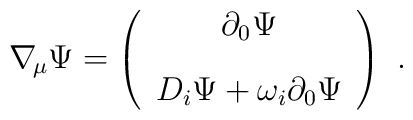
\nabla_{\!\mu} \Psi=\left (\begin{array}{c} \partial_0\Psi \\[9pt]D_i\Psi + \omega_i \partial_0\Psi \end{array} \right) \ .